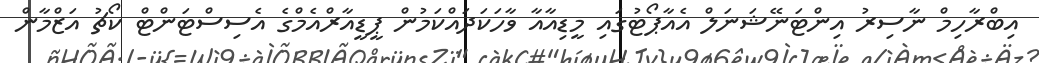
އިބްރާހިމް ނާސިރު އިންޓަނޭޝަނަލް އެއާޕޯޓުގައި މީޑިއާއާ ވާހަކަދައްކަމުން ޕީޑީއާރްއެމްގެ އެސިސްޓަންޓް ކޯޗު އަޒްމާން